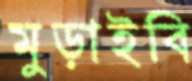
মুড়াইবি